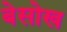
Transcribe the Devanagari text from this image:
बेसोख